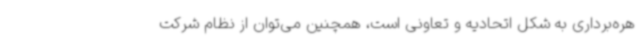
هره‌برداری به شکل اتحادیه و تعاونی است، همچنین می‌توان از نظام شرکت